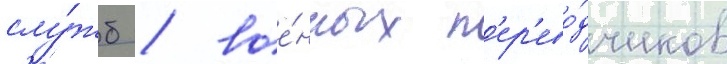
слу́жб / вое́нных п'ер'ево́дчиков